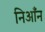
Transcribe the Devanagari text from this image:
निआँन